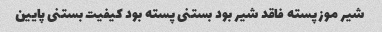
شیر موز پسته فاقد شیر بود بستنی پسته بود کیفیت بستنی پایین